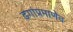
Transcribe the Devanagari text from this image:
ढगांप्रमाणेच